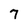
Character: 7